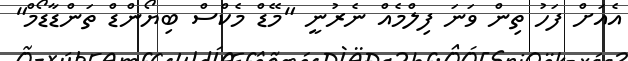
އެއަށް ފަހު ތިން ވަނަ ފިލްމެއް ނެރުނީ "މޭޑް މެކްސް ބިޔޯންޑް ތަންޑާޑޯމް"